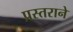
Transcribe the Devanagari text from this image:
प्रस्तराने